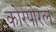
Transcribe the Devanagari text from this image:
कोरपोरल